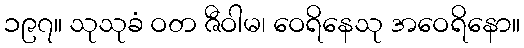
၁၉၇။ သုသုခံ ဝတ ဇီဝါမ၊ ဝေရိနေသု အဝေရိနော။